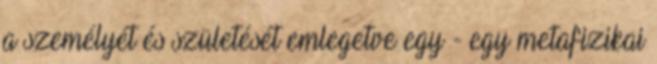
a személyét és születését emlegetve egy - egy metafizikai